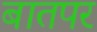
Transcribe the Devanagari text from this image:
बातपर